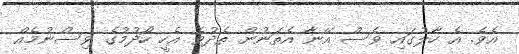
އެވެ. އެ ހާލުގައި ވެސް އޭނާ އެތަނުން ތެދުވެ އެހީ ހޯދުމުގެ ވިސްނުމެއް